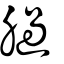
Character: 膼